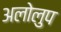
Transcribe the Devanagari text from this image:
अलोलुप